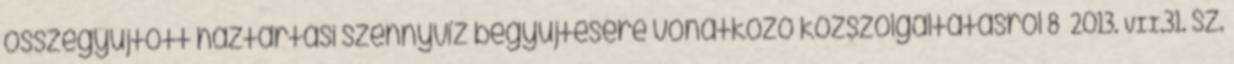
összegyűjtött háztartási szennyvíz begyűjtésére vonatkozó közszolgáltatásról 8 2013. VII.31. sz.